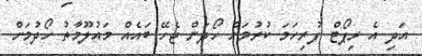
އަދި އެ ރިޕޯޓް ފުރިހަމަ ކުރުމަށް ހޯދަން ޖެހޭ ބައެއް މައުލޫމާތު ހޯދުމަށް